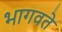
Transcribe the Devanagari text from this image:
भागवते